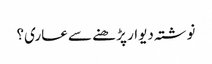
نوشتہ دیوار پڑ ھنے سے عاری؟